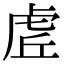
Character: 虗